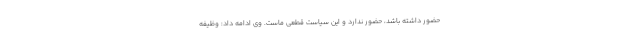
حضور داشته باشد، حضور ندارد و این سیاست قطعی ماست. وی ادامه داد: وظیفه